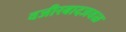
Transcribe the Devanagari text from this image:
वजीरबादजवळ